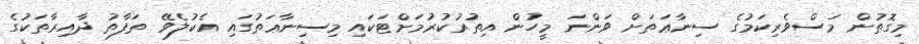
މިގޮތުން މަސްވެރިކަމުގެ ސިނާޢަތަށް ވަންނަ މީހުން އިތުރުކުރުމަށްޓަކައި މިސިނާޢަތުގައި އެކުލެވޭ ތަފާތު ދާއިރާތަކުގެ